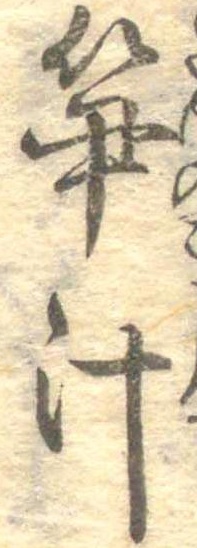
筍汁